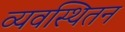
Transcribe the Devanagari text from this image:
व्यवस्थितन